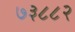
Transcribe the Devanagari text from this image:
७३८८२